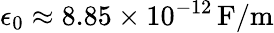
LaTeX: \epsilon_{0}\approx 8.85\times 10^{-12}\, \mathrm{F/m}